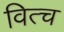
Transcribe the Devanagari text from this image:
वित्च